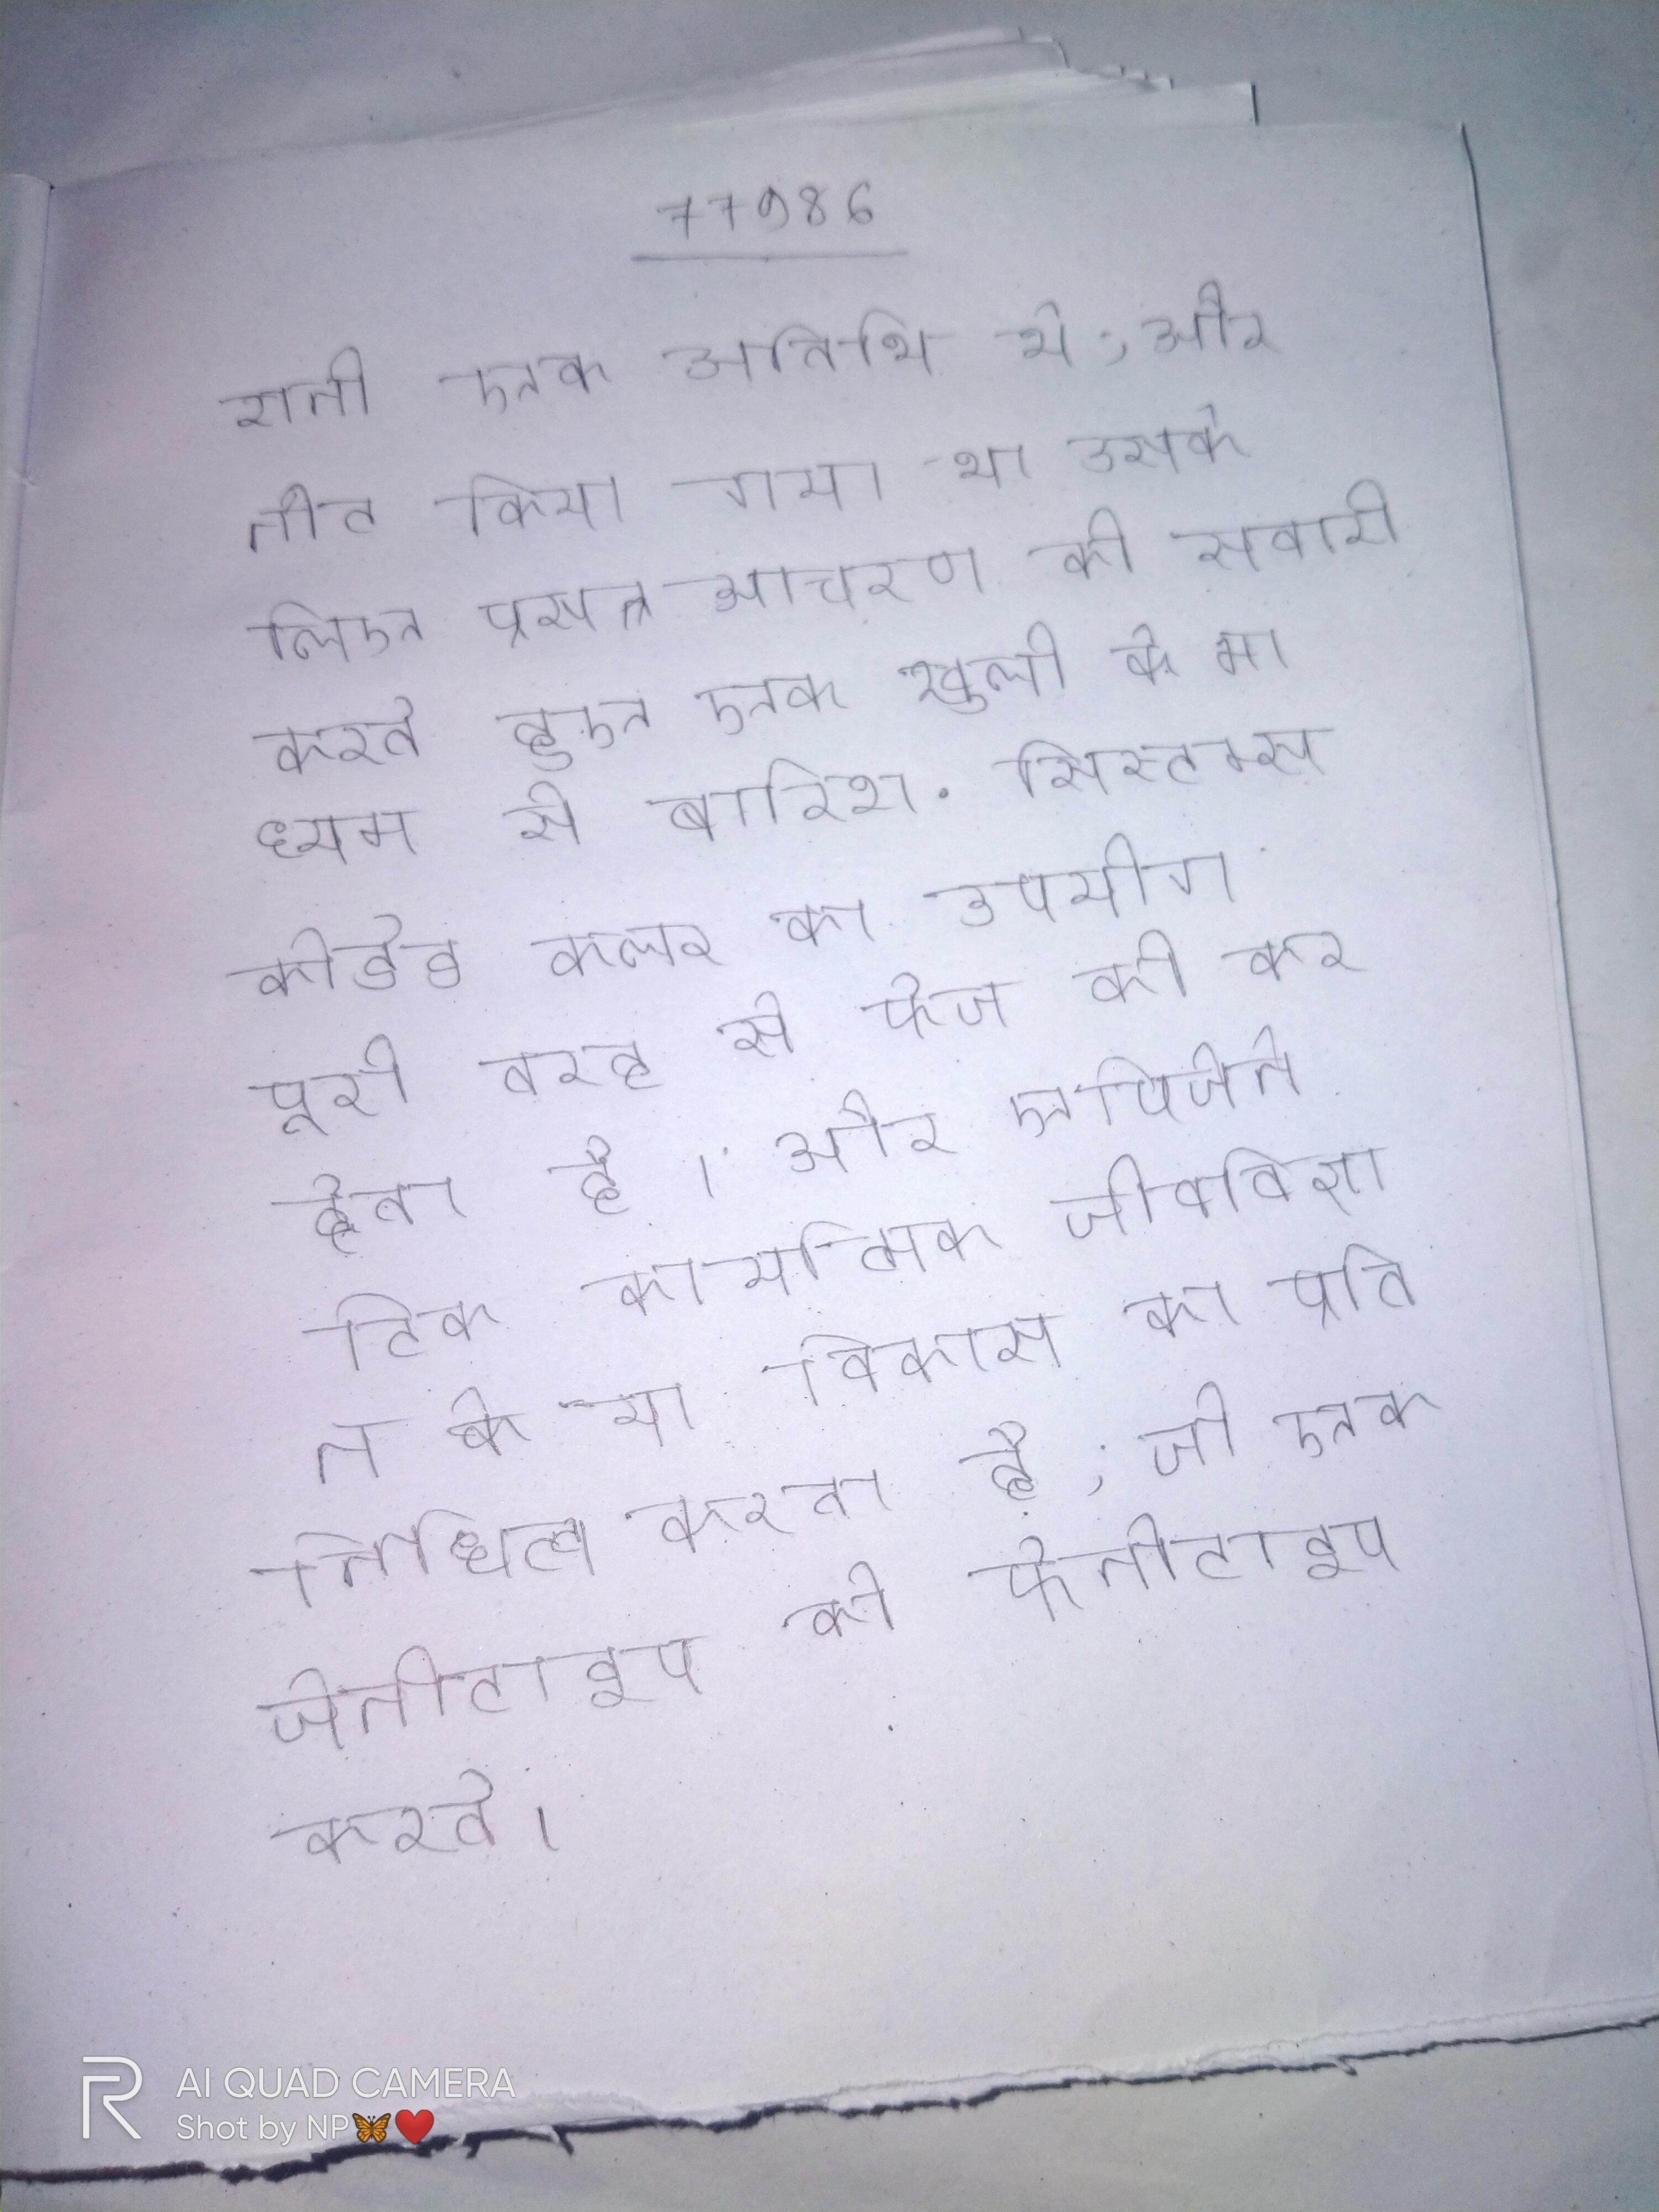
रानी एक अतिथि थे, और नोट किया गया था उसके लिए प्रसन्न आचरण की सवारी करते हुए एक खुली के माध्यम से बारिश . सिस्टम्स कोडेड कलर का उपयोग पूरी तरह से फेज को कर देता है । और एपिजेनेटिक कार्यात्मक जीवविज्ञान के या विकास का प्रतिनिधित्व करता है, जो एक जेनोटाइप को फेनोटाइप करते ।